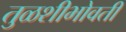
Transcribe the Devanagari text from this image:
तुळशीभोवती